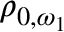
\rho _ { 0 , \omega _ { 1 } }